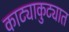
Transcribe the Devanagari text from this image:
काट्याकुट्यात